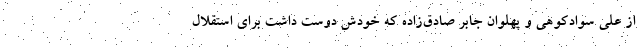
از علی سوادکوهی و پهلوان جابر صادق‌زاده که خودش دوست داشت برای استقلال